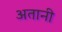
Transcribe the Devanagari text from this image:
अतानी